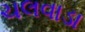
ચલવાડા